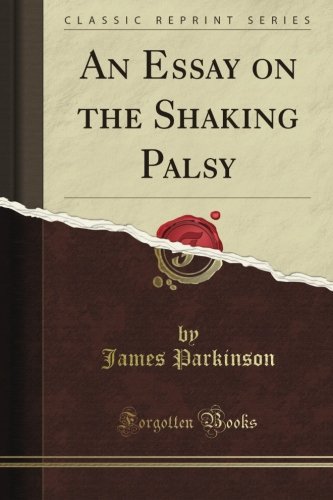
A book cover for An Essay on the Shaking Palsy (Classic Reprint); James Parkinson; Health, Fitness & Dieting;